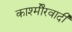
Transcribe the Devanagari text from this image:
काश्‍मीेरवादी